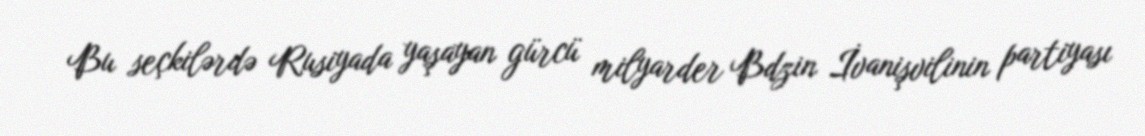
Bu seçkilərdə Rusiyada yaşayan gürcü milyarder Bdzin İvanişvilinin partiyası